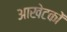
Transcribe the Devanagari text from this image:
आखेटकों